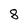
Character: 8